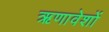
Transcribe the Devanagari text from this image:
ऋणावेशों